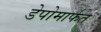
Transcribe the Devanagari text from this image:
डेपोमार्फत